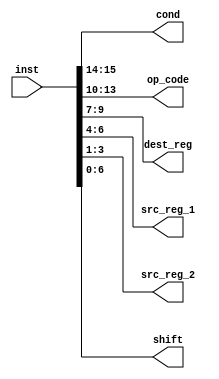
module interpreter(
    inst,
    cond,
    op_code,
    dest_reg,
    src_reg_1,
    src_reg_2,
    shift
);
input[15:0] inst;
output[1:0] cond;
output[3:0] op_code;
output[2:0] dest_reg;
output[2:0] src_reg_1;
output[2:0] src_reg_2;
output[6:0] shift;

assign cond = inst[15:14];
assign op_code = inst[13:10];
assign dest_reg = inst[9:7];
assign src_reg_1 = inst[6:4];
assign src_reg_2 = inst[3:1];
assign shift = inst[6:0];

endmodule